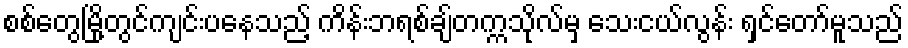
စစ်တွေမြို့တွင်ကျင်းပနေသည့် ကိန်းဘရစ်ချ်တက္ကသိုလ်မှ သေးငယ်လွန်း ရှင်တော်မူသည်